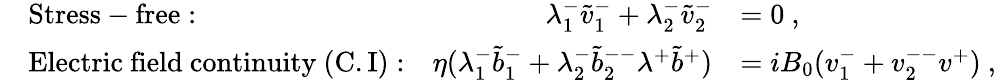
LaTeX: \begin{array}{rlrl}&{\mathrm{Stress-free:}}&{\lambda_{1}^{-}\tilde{v}_{1}^{-}+\lambda_{2}^{-}\tilde{v}_{2}^{-}}&{=0~,}\\ &{\mathrm{Electric~field~continuity~(C.I):}}&{\eta(\lambda_{1}^{-}\tilde{b}_{1}^{-}+\lambda_{2}^{-}\tilde{b}_{2}^{--}\lambda^{+}\tilde{b}^{+})}&{=iB_{0}(v_{1}^{-}+v_{2}^{--}v^{+})~,}\end{array}